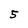
Character: 5